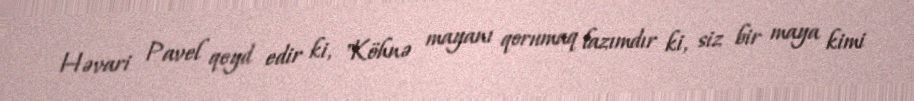
Həvari Pavel qeyd edir ki, "Köhnə mayanı qorumaq lazımdır ki, siz bir maya kimi